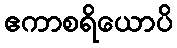
ဧကာစရိယောပိ